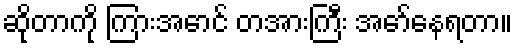
ဆိုတာကို ကြားအောင် တအားကြီး အော်နေရတာ။